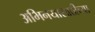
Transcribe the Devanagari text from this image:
अभिनयासाठीच्या